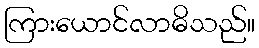
ကြားယောင်လာဓိသည်။